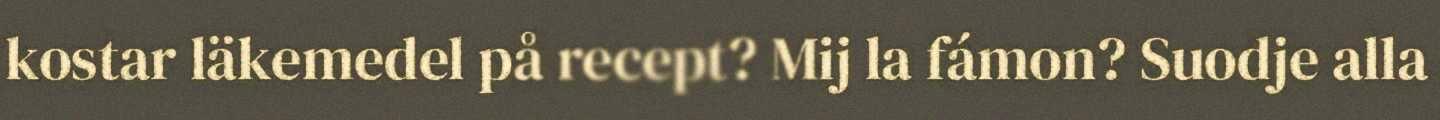
kostar läkemedel på recept? Mij la fámon? Suodje alla